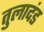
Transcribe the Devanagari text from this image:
तुलादंड